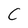
Character: C